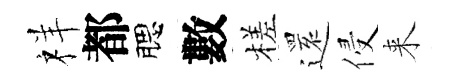
祥都腮數槎𮟃侵来